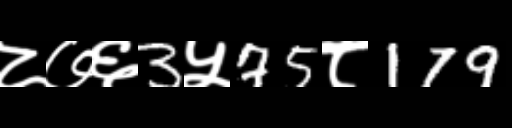
Text: ८७६3५75८179